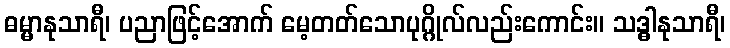
ဓမ္မာနုသာရီ၊ ပညာဖြင့်အောက် မေ့တတ်သောပုဂ္ဂိုလ်လည်းကောင်း။ သဒ္ဓါနုသာရီ၊